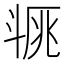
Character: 𣁿